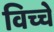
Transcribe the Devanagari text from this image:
विच्चे